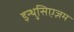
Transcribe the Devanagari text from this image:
इन्थुसिएज़म